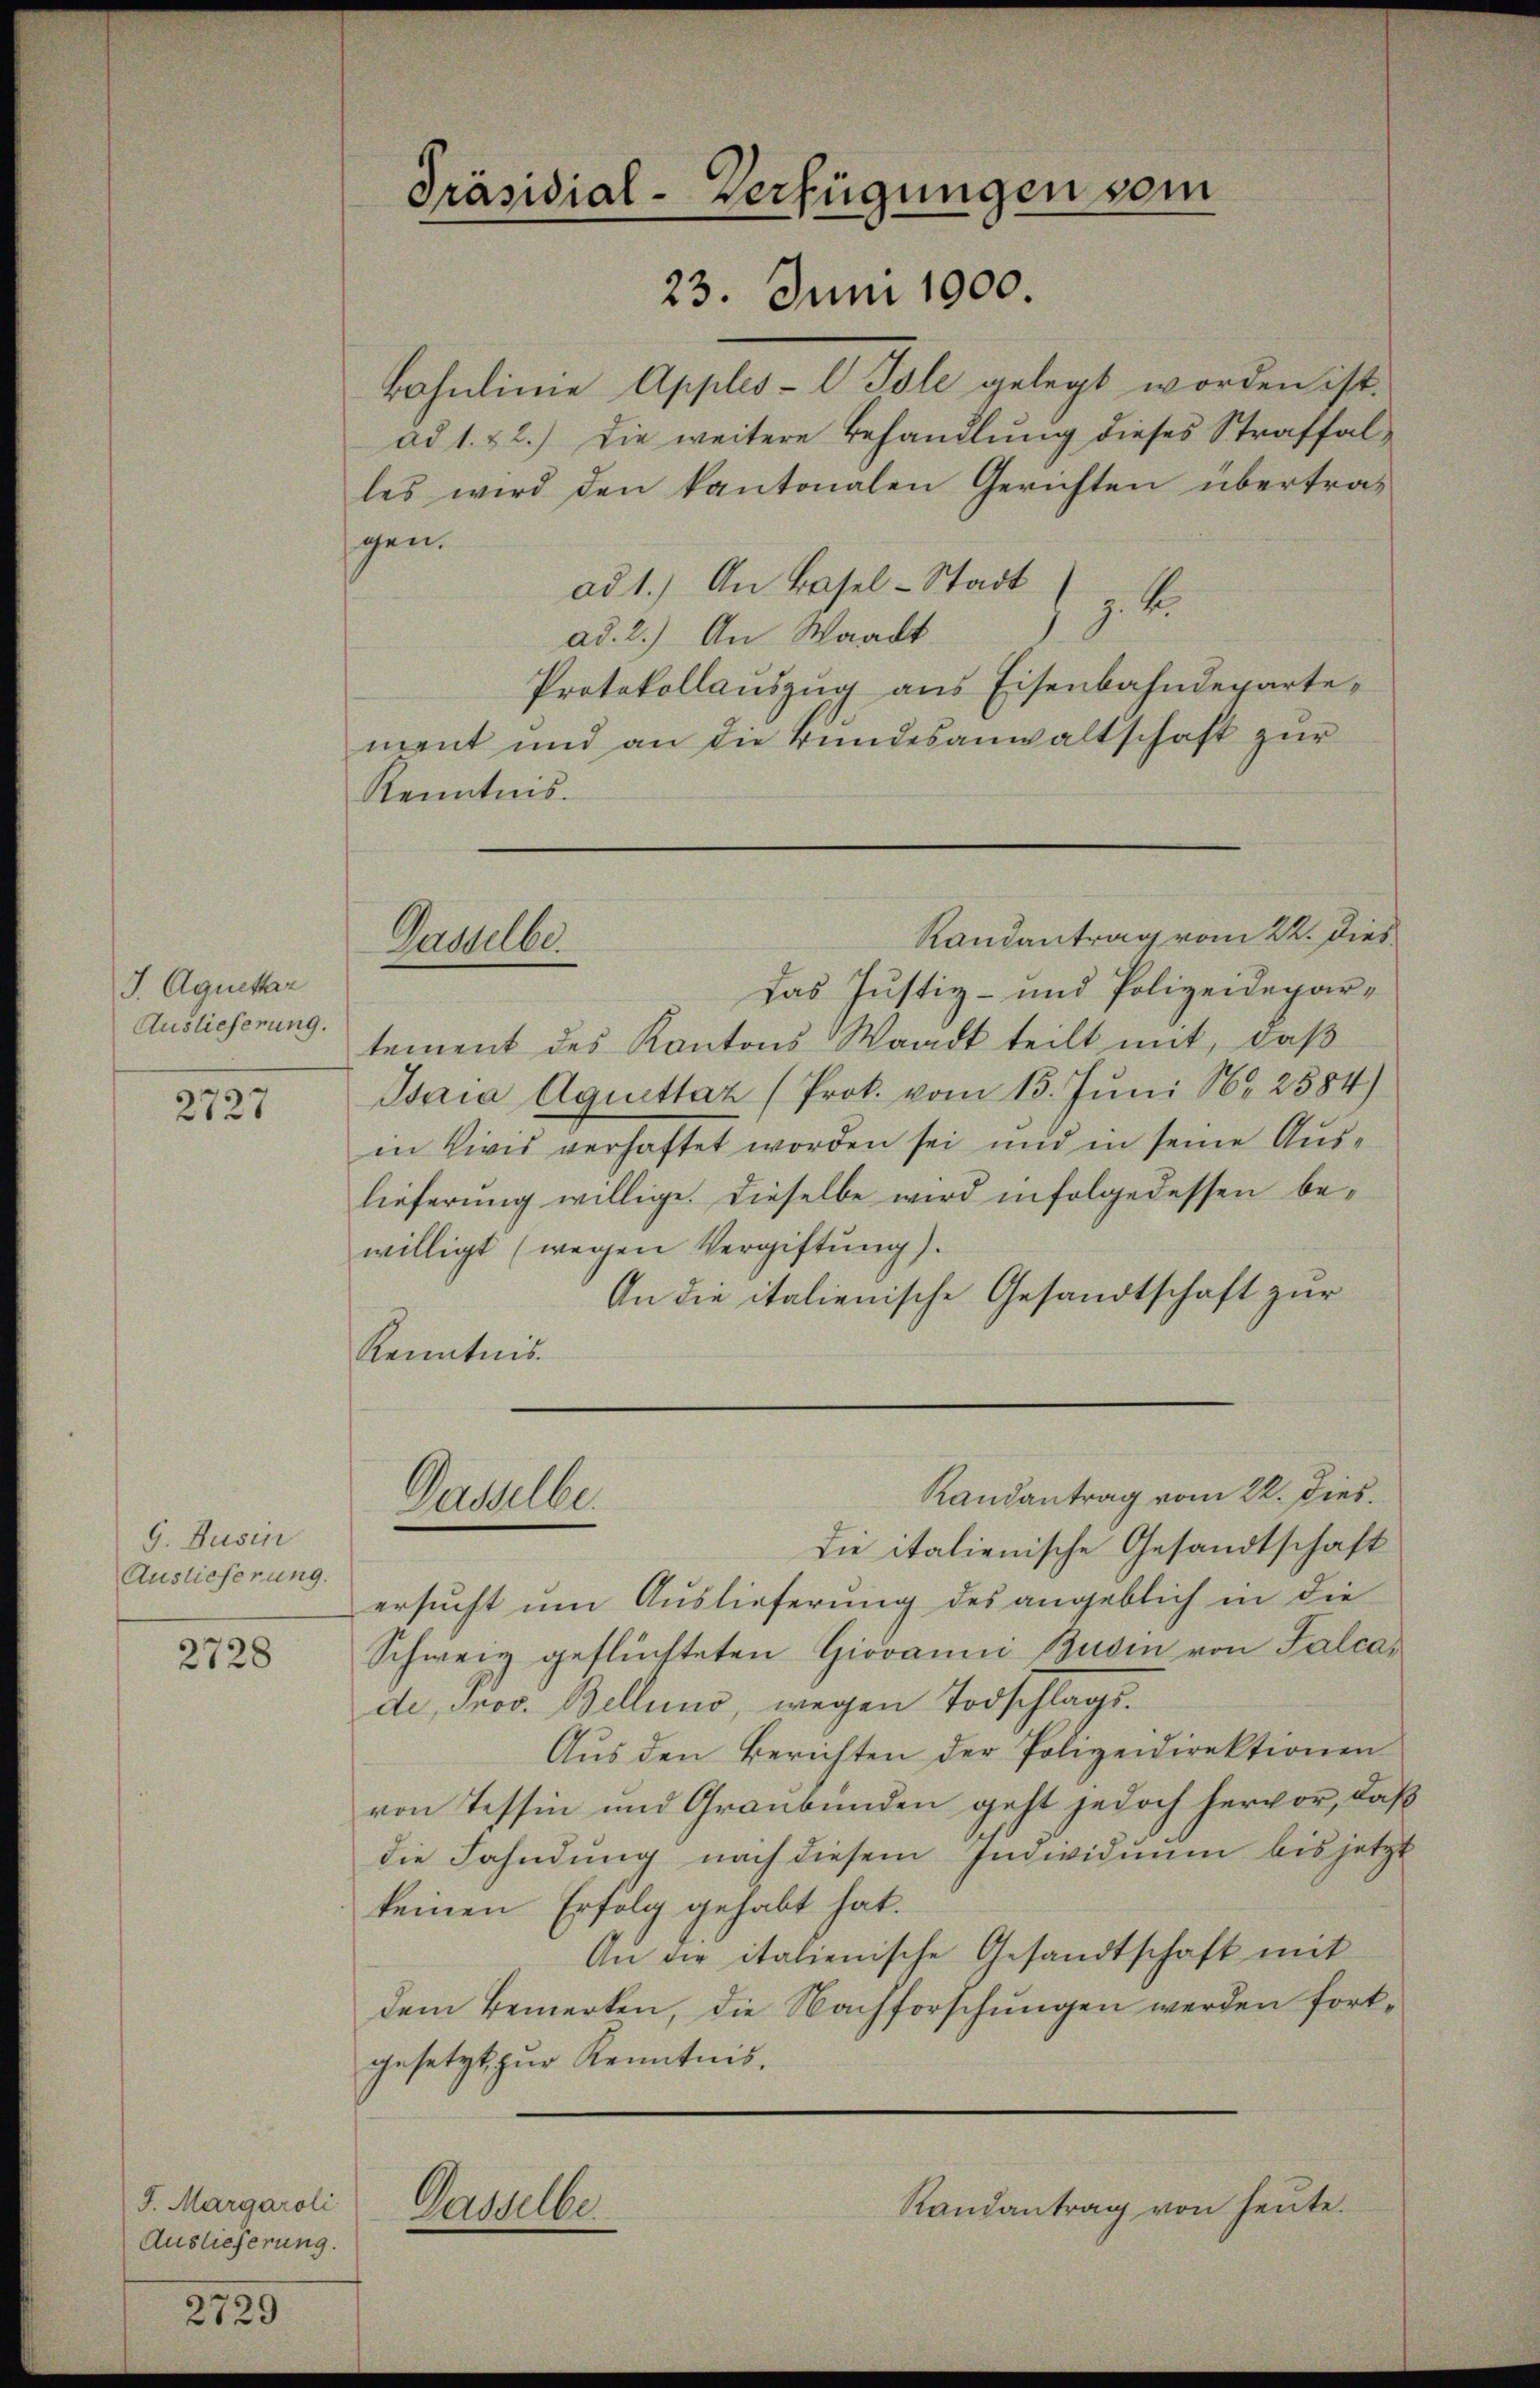
J. Aquettar
Auslieferung.

2727

G. Dusin
Auslieferung.

2728

J. Margaroli
Auslieferung.

2729

Präsidial-Verfügungen vom
23. Juni 1900.

Bahnlinie Apples-l Isle gelegt worden ist.
ad 1. & 2.) Die weitere Behandlung dieses Straffalles wird den kantonalen Gerichten übertra-
gen.
ad 1.) An Basel-Stadt
z. R.
ad. 2.) An Waadt.
Protokollauszug aus Eisenbahndepartement und an die Bundesanwaltschaft zur
Kenntnis.
Randantrag vom 22. Dies
Gasselbe
Das Justiz- und Polizeidepartement des Kantons Waadt teilt mit, daß
Isaia Aquettaz (Prok. vom 15. Juni N. 2584)
in Civis verhaftet worden sei und in seine Auslieferung willige. Dieselbe wird infolgedessen bewilligt (wegen Vergiftung).
An die italienische Gesandtschaft zur
Kenntnis.

Dasselbe.

Dasselbe

Randantrag vom 22. dies

die italienische Gesandtschaft
ersucht um Auslieferung des angeblich in die
Schweiz geflüchteten Giovanni Buden von Falcade, Prov. Bellino, wegen Todschlags¬
Aus den Berichten der Polizeidirektionen
von Tessin und Graubünden geht jedoch hervor, daß
die Fahndung nach diesem Individuum bis jetzt
keinen Erfolg gehabt hat.
An die italienische Gesandtschaft mit
dem Bemerken, die Nachforschungen werden fortgesetzt zur Kenntnis.
Randantrag von heute.